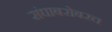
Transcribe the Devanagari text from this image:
संघाबरोबरच